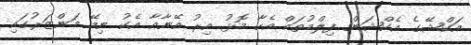
އަކްޝޭގެ އެކްޝަން ފިލްމުތައް އެހާ މޮޅު އިރު އޭނާއާ އެކު ނިމޭ މަންޒަރުގައި